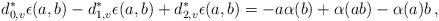
\begin{align*} d_{0,v}^*\epsilon(a,b) -d_{1,v}^*\epsilon(a,b) +d_{2,v}^*\epsilon(a,b) = -a\alpha(b) + \alpha(ab) -\alpha(a)b\,, \end{align*}